Medical and sanitary report of the native army of Madras for the year
Year: 1877
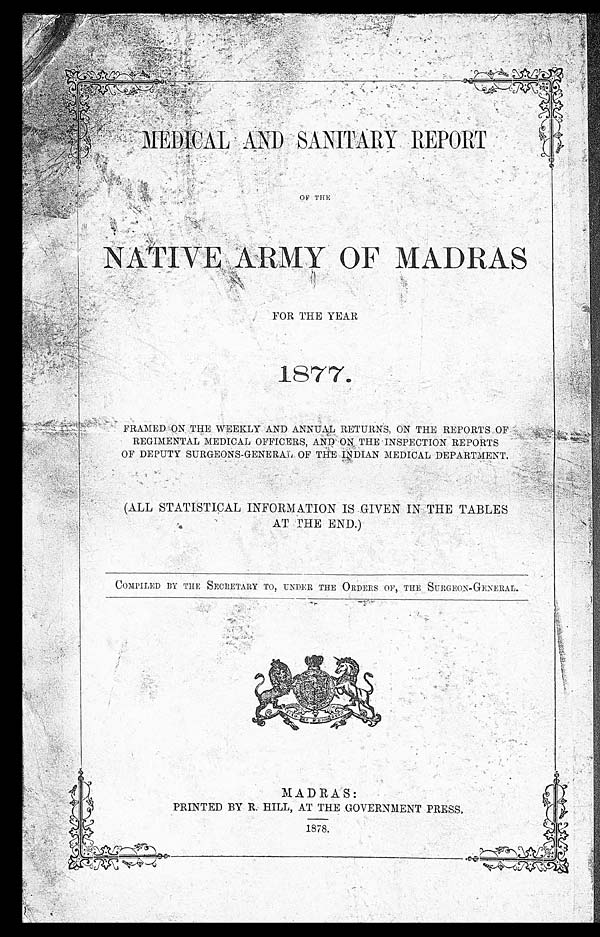
FRAMED ON THE WEEKLY AND ANNUAL RETURNS, ON THE REPORTS OF
REGIMENTAL MEDICAL OFFICERS, AND ON, THE INSPECTION REPORTS
OF DEPUTY SURGEONS-GENERAL OF THE INDIAN MEDICAL DEPARTMENT.
(ALL STATISTICAL INFORMATION IS GIVEN IN THE TABLES
AT THE END.)
COMPILED BY THE SECRETARY TO, UNDER THE ORDERS OF, THE SURGEON-GENERAL.
MADRAS:
PRINTED BY R. HILL, AT THE GOVERNMENT PRESS.
1878.